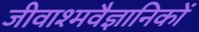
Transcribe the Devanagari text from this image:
जीवाश्मवैज्ञानिकों